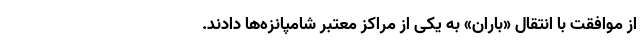
از موافقت با انتقال «باران» به یکی از مراکز معتبر شامپانزه‌ها دادند.